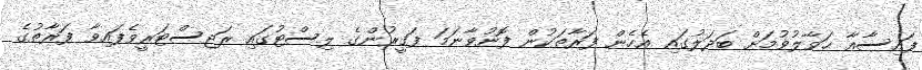
ފައިސާއާ ޙަވާލުވުމަށް ބަދަލުގައި އެހެން ފަރާތަކުން ފޮނުވާނަމަ ފަގީރުންގެ ލިސްޓުގައި ރަޖިސްޓަރީވެފައިވާ ފަރާތުގެ